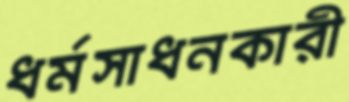
ধর্মসাধনকারী